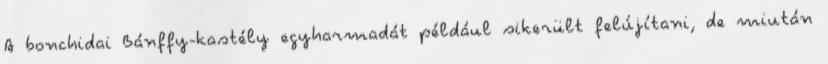
A bonchidai Bánffy-kastély egyharmadát például sikerült felújítani, de miután